Lunatic asylums in Bengal annual reports 1899-1911 - 1899-1911
Year: 1899
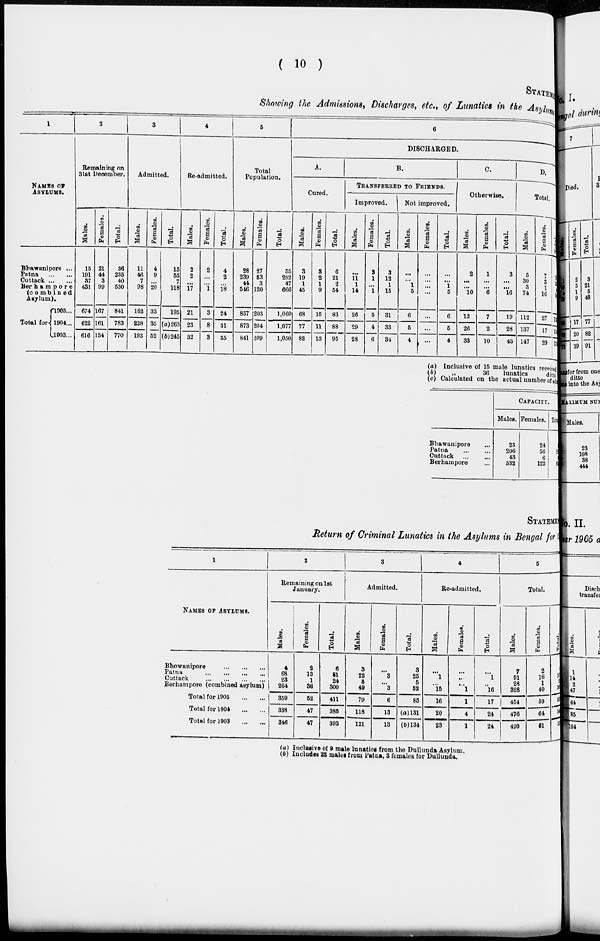
( 10 )
STATEM
Showing the Admissions, Discharges, etc., of Lunatics in the Asylum
1
NAMES OF
ASYLUMS.
Bhawanipore ...
Patna ... ...
Cuttack ... ...
Berhampore
(combined
Asylum).
Total for
1905 ...
1904 ...
1903 ...
2
Remaining on
31st December.
Males.
15
191
37
431
674
622
616
Females.
21
44
3
99
167
161
154
Total.
36
235
40
530
841
783
770
3
Admitted.
Males.
11
46
7
98
162
228
193
Females.
4
9
...
20
33
35
52
Total.
15
55
7
118
195
(a) 263
(b)245
4
Re-admitted.
Males.
2
2
...
17
21
23
32
Females.
2
...
...
1
3
8
3
Total.
4
2
...
18
24
31
35
5
Total
Population.
Males.
28
239
44
546
857
873
841
Females.
27
53
3
120
203
204
209
Total.
55
292
47
666
1,060
1,077
1,050
6
DISCHARGED.
A.
Cured.
Males.
3
19
1
45
68
77
82
Females.
3
2
1
9
15
11
13
Total.
6
21
2
54
83
88
95
B.
TRANSFERRED TO FRIENDS.
Improved.
Males.
...
11
1
14
26
29
28
Females.
3
1
...
1
5
4
6
Total.
3
12
1
15
31
33
34
Not improved.
Males.
...
...
1
5
6
5
4
Females.
...
...
...
...
...
...
...
Total.
...
...
1
5
6
5
4
C.
Otherwise.
Males.
2
...
...
10
12
26
33
Females.
1
...
...
6
7
2
10
Total.
3
...
...
16
19
28
43
D.
Total.
Males.
5
30
3
74
112
137
147
Females.
7
3
1
16
27
17
29
Total.
8
33
4
90
139
154
176
(a) Inclusive of 15 male lunatics received
(b)
„
36
lunatics
ditto
(c) Calculated on the actual number of ad
Bhawanipore ...
Patna ... ...
Cuttack
...
...
Berhampore ...
CAPACITY.
Males.
23
206
43
532
Females.
24
56
6
122
Tot al .
47
252
49
654
STATEME
Return of Criminal Lunatics in the Asylums in Bengal for
1
NAMES OF ASYLUMS.
Bhowanipore
...
...
...
Patna ... ... ... ...
Cuttack
...
...
...
...
Berhampore (combined asylum)
Total for 1905
...
...
Total for 1904
...
...
Total for 1903
...
...
2
Remaining on 1st
January.
Males.
4
68
23
264
359
338
346
Females.
2
13
1
36
52
47
47
Total.
6
81
24
300
411
385
393
3
Admitted.
Males.
3
22
5
49
79
118
121
Females.
...
3
...
3
6
13
13
Total.
3
25
5
52
85
(a) 131
(b)134
4
Re-admitted.
Males.
...
1
...
15
16
20
23
Females.
...
...
...
1
1
4
1
Total.
...
1
...
16
17
24
24
5
Total.
Males.
7
91
28
328
454
476
490
Females.
2
16
1
40
59
64
61
Total.
9
107
29
368
513
540
551
(a) Inclusive of 9 male lunatics from the Dullunda Asylum.
(b) Includes 22 males from Patna, 3 females for Dullunda.